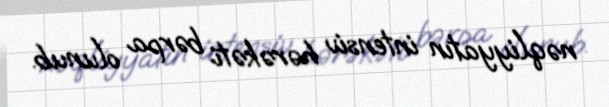
nəqliyyatın intensiv hərəkəti bərpa olunub.